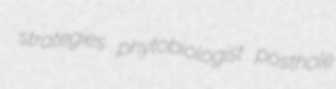
strategies phytobiologist posthole